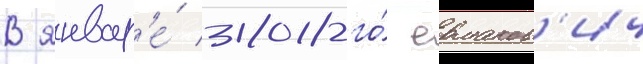
В январ'е́ 2018-го́ ермаков'ич